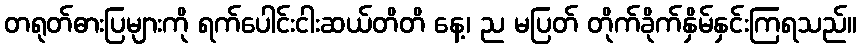
တရုတ်ဓားပြများကို ရက်ပေါင်းငါးဆယ်တိတိ နေ့၊ ည မပြတ် တိုက်ခိုက်နှိမ်နှင်းကြရသည်။